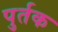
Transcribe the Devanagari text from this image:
पुर्तक